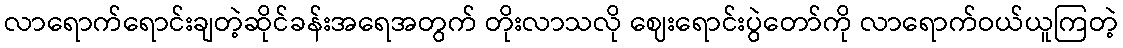
လာရောက်ရောင်းချတဲ့ဆိုင်ခန်းအရေအတွက် တိုးလာသလို ဈေးရောင်းပွဲတော်ကို လာရောက်ဝယ်ယူကြတဲ့